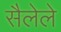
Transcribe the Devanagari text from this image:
सैलेले